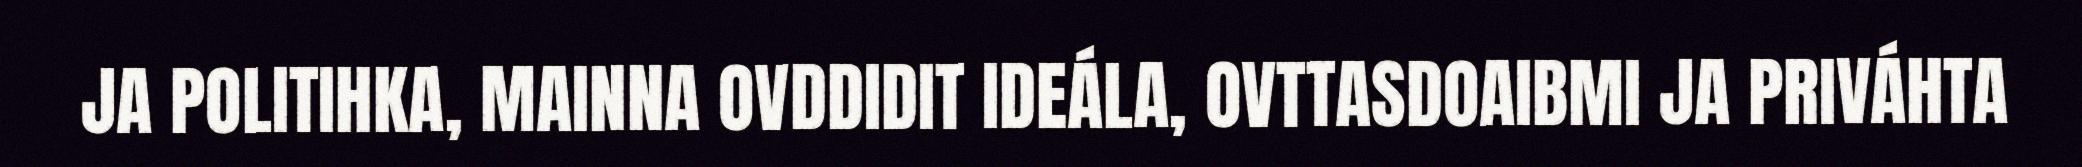
JA POLITIHKA, MAINNA OVDDIDIT IDEÁLA, OVTTASDOAIBMI JA PRIVÁHTA